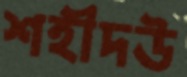
শহীদউ